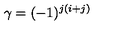
\gamma = ( - 1 ) ^ { j ( i + j ) } \